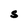
Character: S